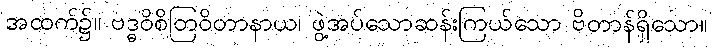
အထက်၌။ ဗဒ္ဓဝိစိတြဝိတာနာယ၊ ဖွဲ့အပ်သောဆန်းကြယ်သော ဗိတာန်ရှိသော။